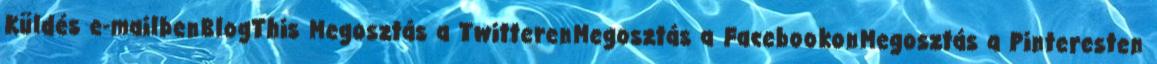
Küldés e-mailbenBlogThis Megosztás a TwitterenMegosztás a FacebookonMegosztás a Pinteresten